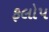
ફલોપ